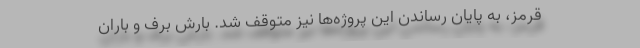
قرمز، به پایان رساندن این پروژه‌ها نیز متوقف شد. بارش برف و باران